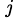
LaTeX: ^{\, \mathit{j}}